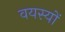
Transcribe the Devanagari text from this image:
वयस्यों